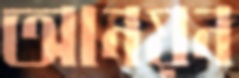
আনয়ন